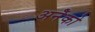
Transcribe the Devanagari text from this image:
अनेँको